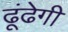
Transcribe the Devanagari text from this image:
ढूंढेगी